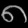
Digit: ၈